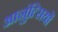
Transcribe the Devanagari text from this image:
आनुंत्सियों